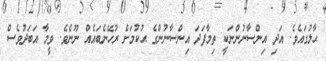
ޙާލުގައެވެ. އަދި އިންސާނުންނަކީ ތިމާފަދަ އިންސާނުންގެ ޙުކުމަށް ރުހޭނެބައެއް ނޫނެވެ. ވީމާ އަބަދުވެސް